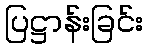
ပြဋ္ဌာန်းခြင်း